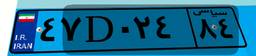
۸۸D۹۸۵۲۱